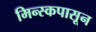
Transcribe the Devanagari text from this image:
मिन्स्कपासून